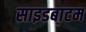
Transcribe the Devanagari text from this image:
साइडबाटम